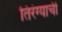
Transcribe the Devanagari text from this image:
तिरंग्याची